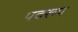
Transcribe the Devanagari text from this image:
पदरूप